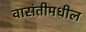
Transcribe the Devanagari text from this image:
वासंतीमधील